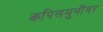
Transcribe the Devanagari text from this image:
कपिलमुनींवर